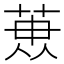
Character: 𮏳